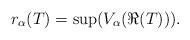
\begin{align*}r_\alpha(T) = \sup( V_\alpha(\Re(T))).\end{align*}